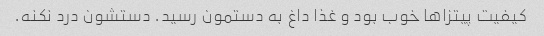
کیفیت پیتزا‌ها خوب بود و غذا داغ به دستمون رسید. دستشون درد نکنه.